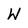
Character: W